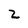
Character: 2